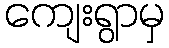
ကျေးရွာမှ